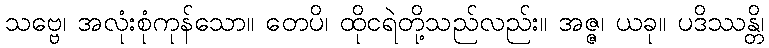
သဗ္ဗေ၊ အလုံးစုံကုန်သော။ တေပိ၊ ထိုငရဲတို့သည်လည်း။ အဇ္ဇ၊ ယခု။ ပဒိဿန္တိ၊